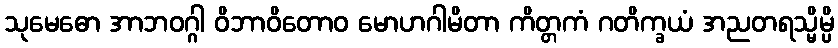
သုမေဓော အာဘဝဂ္ဂါ ဝိဘာဝိတောဝ မောဟဂါမိတာ ကိတ္တကံ ဂတိက္ခယံ အညတရသ္မိမ္ပိ